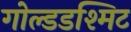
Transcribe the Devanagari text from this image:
गोल्डडश्मिट